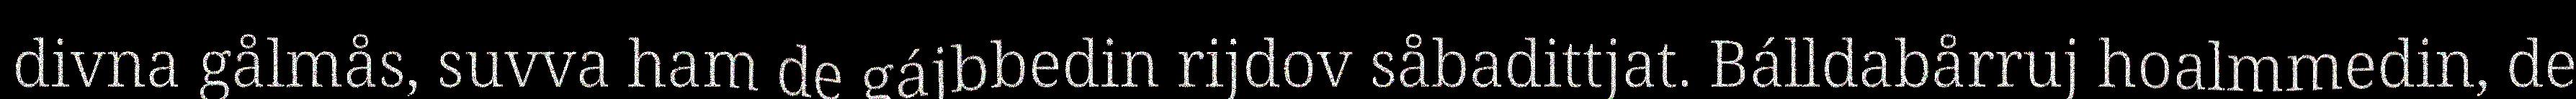
divna gålmås, suvva ham de gájbbedin rijdov såbadittjat. Bálldabårruj hoalmmedin, de